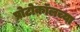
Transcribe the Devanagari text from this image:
प्रोटोकॉलच्या